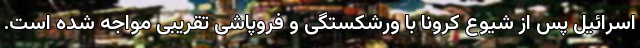
اسرائیل پس از شیوع کرونا با ورشکستگی و فروپاشی تقریبی مواجه شده‌ است.